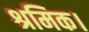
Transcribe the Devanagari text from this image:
श्रमिक।